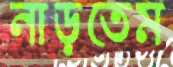
নাড়তেম